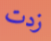
زدت